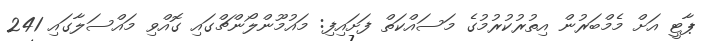
ޕާޓީ އަށް މެމްބަރުން އިތުރުކުރުމުގެ މަސައްކަތް ފަށައިފި: މައުމޫންލޯންޗްގައި ގޮއްވި މައްސަލާގައި 241